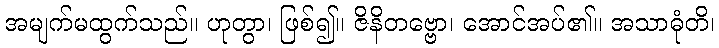
အမျက်မထွက်သည်။ ဟုတွာ၊ ဖြစ်၍။ ဇိနိတဗ္ဗော၊ အောင်အပ်၏။ အသာဓုံတိ၊